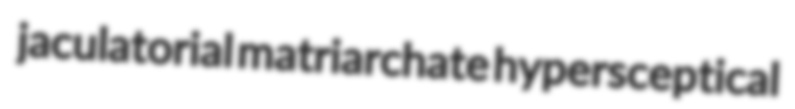
jaculatorial matriarchate hypersceptical